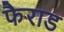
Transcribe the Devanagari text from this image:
फैराड